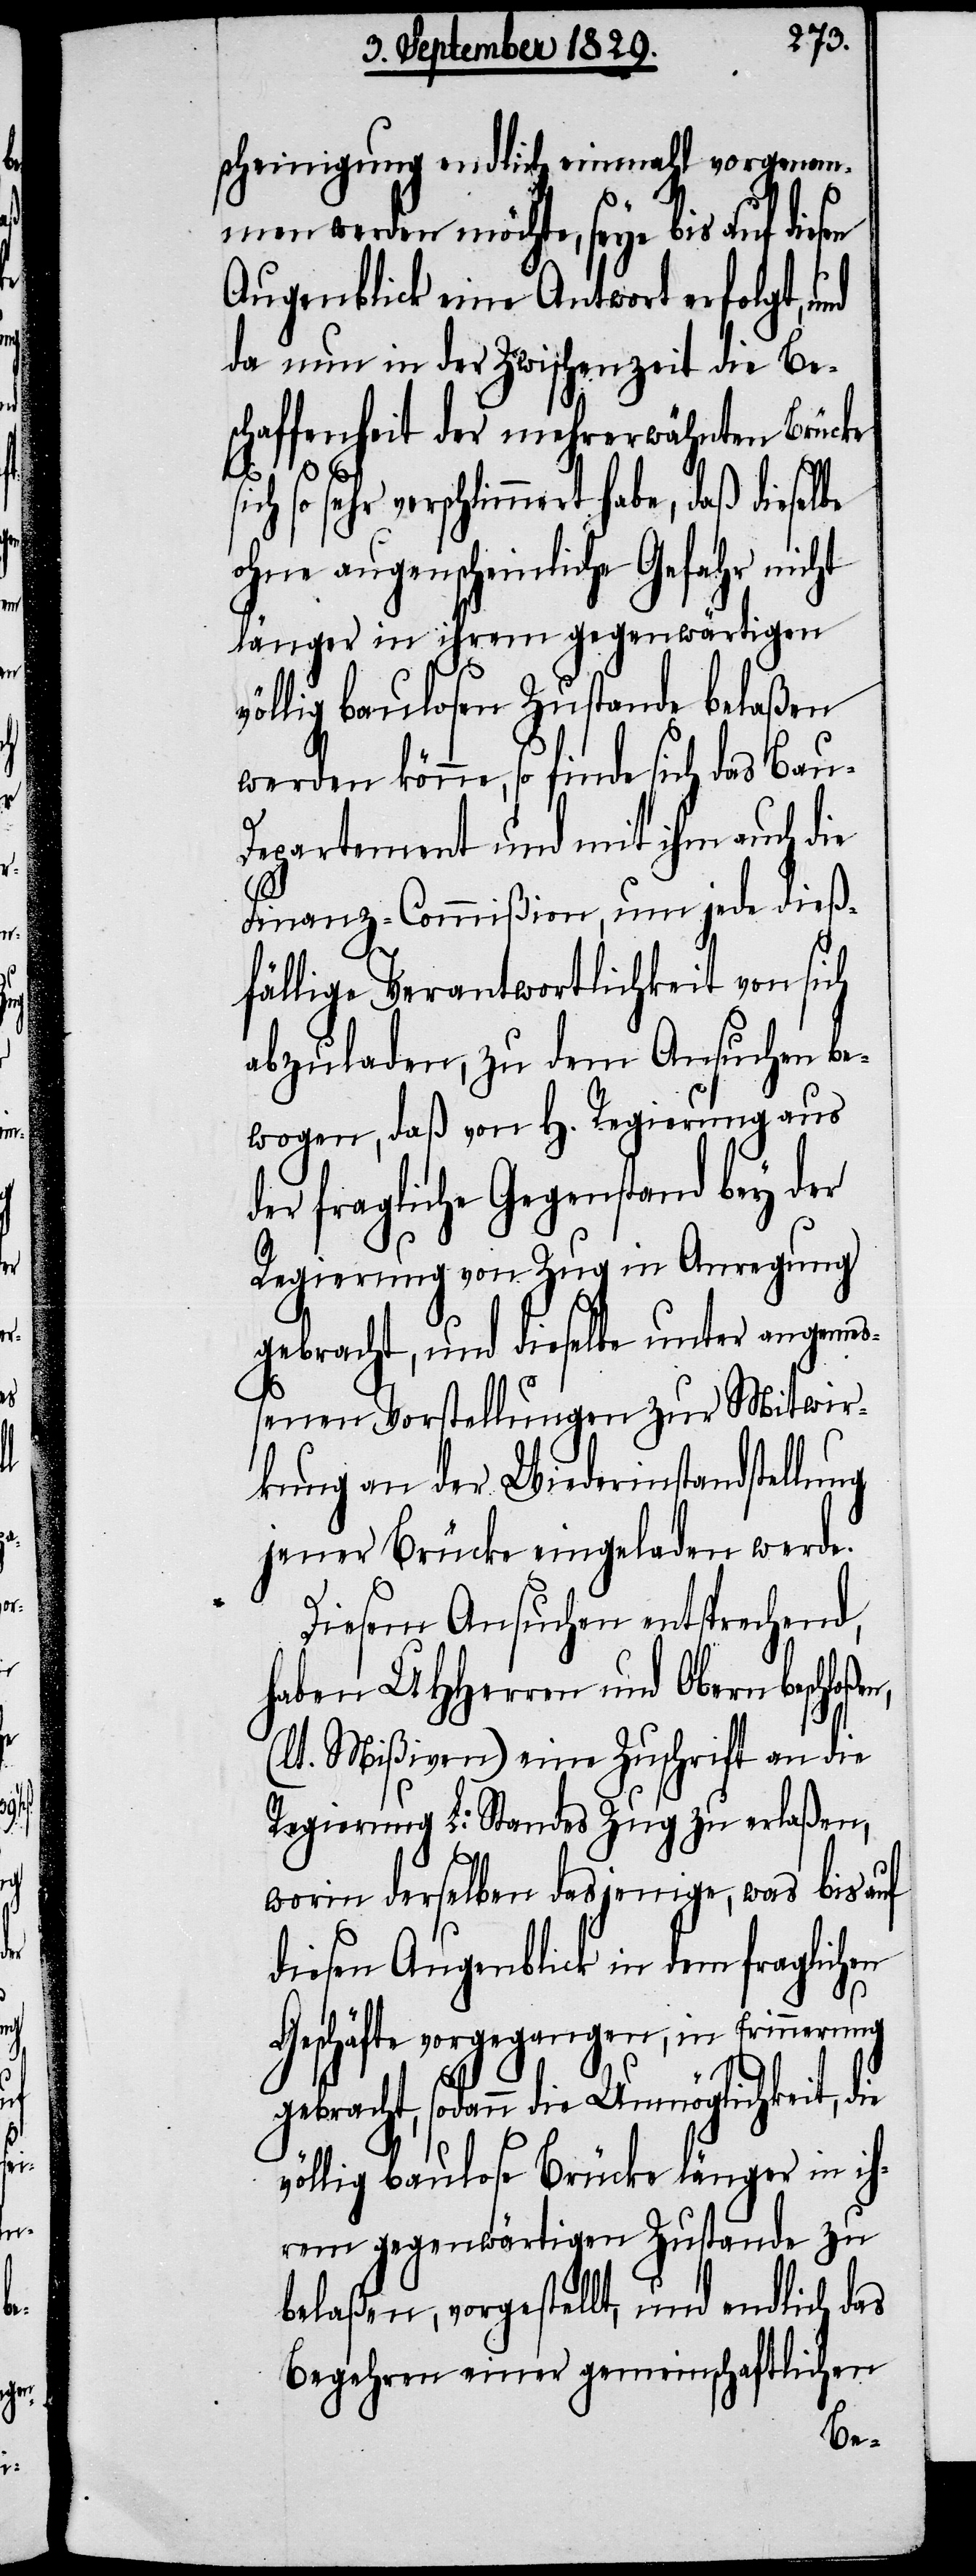
scheinigung endlich einmahl vorgenom¬
men werden möchte, seye bis auf diesen
Augenblick eine Antwort erfolgt, und
da nun in der Zwischenzeit die Be¬
schaffenheit der mehrerwähnten Brücke
sehr verschlimmert habe, daß dieselbe
ohne augenscheinliche Gefahr nicht
länger in ihrem gegenwärtigen
völlig baulosen Zustande belaßen
werden könne, so finde sich das Bau-D¬
epartement und mit ihm auch die
en,
Finanz-Commißion, um jede dieß¬
fällige Verantwortlichkeit von sich
abzuladen, zu dem Ansuchen be¬
wogen, daß von H. Regierung aus
der fragliche Gegenstand bey der
Regierung von Zug in Anregung
gebracht, und dieselbe unter angemeß¬
enen Vorstellungen zur Mitwir¬
kung an der Wiederinstandstellung
jener Brücke eingeladen werde.
Diesem Ansuchen entsprechend,
haben UHHerren und Obern beschloß¬
(lt. Mißiven) eine Zuschrift an die
Regierung L. Standes Zug zu erlaßen,
worin derselben dasjenige, was bis auf
diesen Augenblick in dem fraglichen
Geschäfte vorgegangen, in Erinnerung
gebracht, sodann die Unmöglichkeit, die
völlig baulose Brücke länger in ih¬
rem gegenwärtigen Zustande zu
belaßen, vorgestellt, und endlich das
Begehren einer gemeinschaftlichen